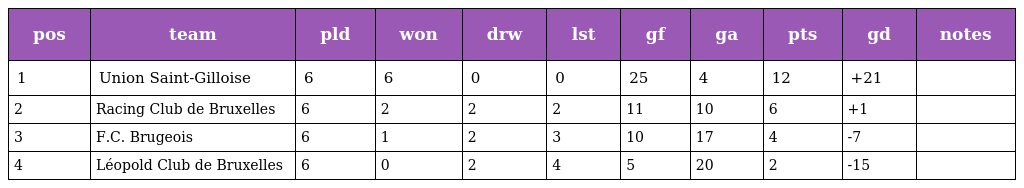
| pos | team | pld | won | drw | lst | gf | ga | pts | gd | notes |
 | --- | --- | --- | --- | --- | --- | --- | --- | --- | --- | --- |
 | 1 | Union Saint-Gilloise | 6 | 6 | 0 | 0 | 25 | 4 | 12 | +21 |  |
 | 2 | Racing Club de Bruxelles | 6 | 2 | 2 | 2 | 11 | 10 | 6 | +1 |  |
 | 3 | F.C. Brugeois | 6 | 1 | 2 | 3 | 10 | 17 | 4 | -7 |  |
 | 4 | Léopold Club de Bruxelles | 6 | 0 | 2 | 4 | 5 | 20 | 2 | -15 |  |